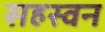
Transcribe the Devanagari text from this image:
सहस्वन